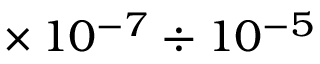
\times \, 1 0 ^ { - 7 } \div 1 0 ^ { - 5 }